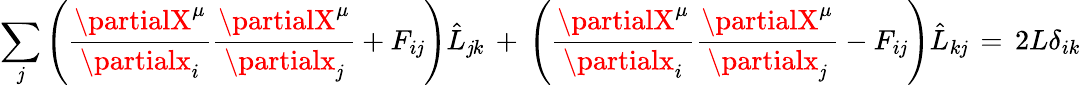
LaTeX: \sum_{\mathit{j}}\left(\frac{{\partialX^{\mu}}}{{\partialx_{i}}}\frac{{\partialX^{\mu}}}{{\partialx_{\mathit{j}}}}+F_{i\mathit{j}}\right)\hat{{L}}_{\mathit{j}k}\, +\, \left(\frac{{\partialX^{\mu}}}{{\partialx_{i}}}\frac{{\partialX^{\mu}}}{{\partialx_{\mathit{j}}}}-F_{i\mathit{j}}\right)\hat{{L}}_{k\mathit{j}}\, =\, 2L\delta_{ik}